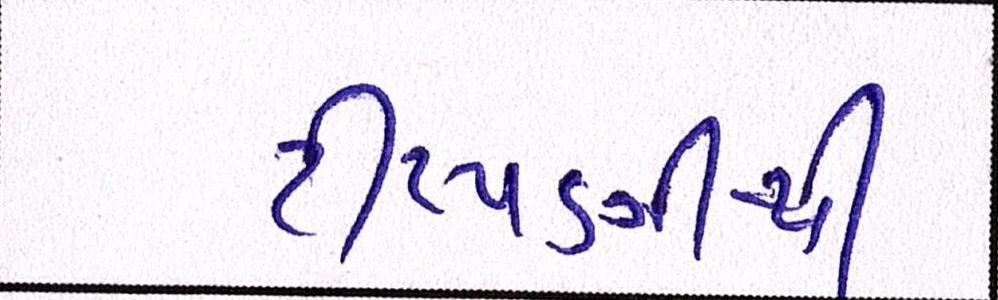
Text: ટીપ્પણીથી